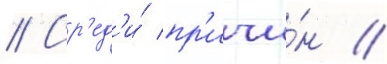
// Ср'ед'и́ пр'ичи́н /